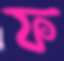
ফ